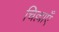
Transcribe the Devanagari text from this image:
चिल्लाएँ